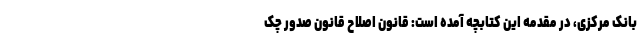
بانک مرکزی، در مقدمه این کتابچه آمده است: قانون اصلاح قانون صدور چک